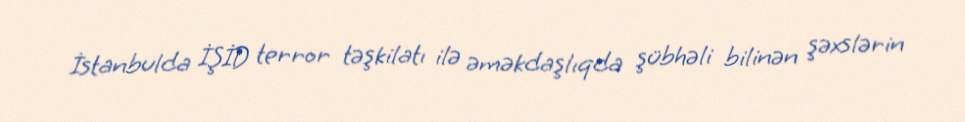
İstanbulda İŞİD terror təşkilatı ilə əməkdaşlıqda şübhəli bilinən şəxslərin